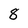
Character: 8